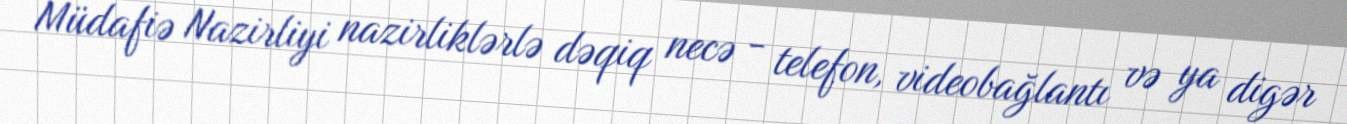
Müdafiə Nazirliyi nazirliklərlə dəqiq necə - telefon, videobağlantı və ya digər